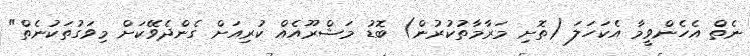
ނެތް އެހެންވީމާ އެކަހަލަ (ތޮށި މަރާމާތުކުރުން) ބޮޑު މަޝްރޫއެއް ކުރިއަށް ގެންދެވޭކަށް މިވަގުތަކުނެތް"